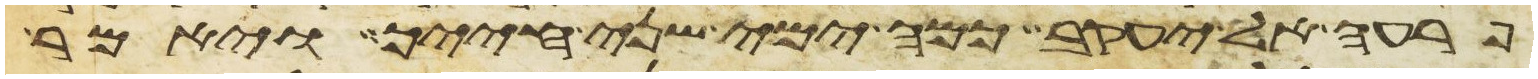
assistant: פרעה אל יעקב כמה ימי שני חייך ויאמר